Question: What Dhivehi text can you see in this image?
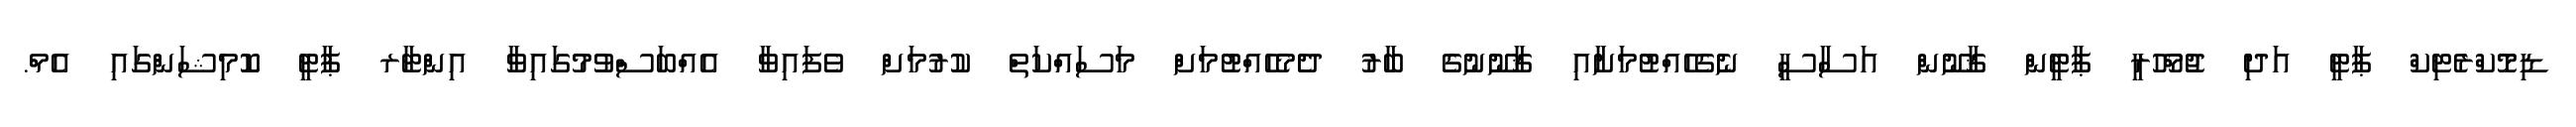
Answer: ޑިމޮކްރެޓިކް ޕާޓީ އަދި ޖުމްހޫރީ ޕާޓީން ޤާނޫން އަސާސީ ނެގެހެއްޓުމަށާއި ޤާނޫނުގެ ބާރު ދެމެހެއްޓުމަށް މަސައްކަތް ކުރުމަށް ވެފައިވާ އެއްބަސްވުމުގައިވާ އިންޓާރ ޕާޓީ ކޮމިޝަންގައި އެމް.